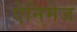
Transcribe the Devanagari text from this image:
ऐनिमेज